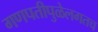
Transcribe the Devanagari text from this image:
गणपतीपुळेलगतच